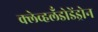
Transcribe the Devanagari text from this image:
क्लेव्हलँडोडेंड्रोन